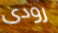
رودى